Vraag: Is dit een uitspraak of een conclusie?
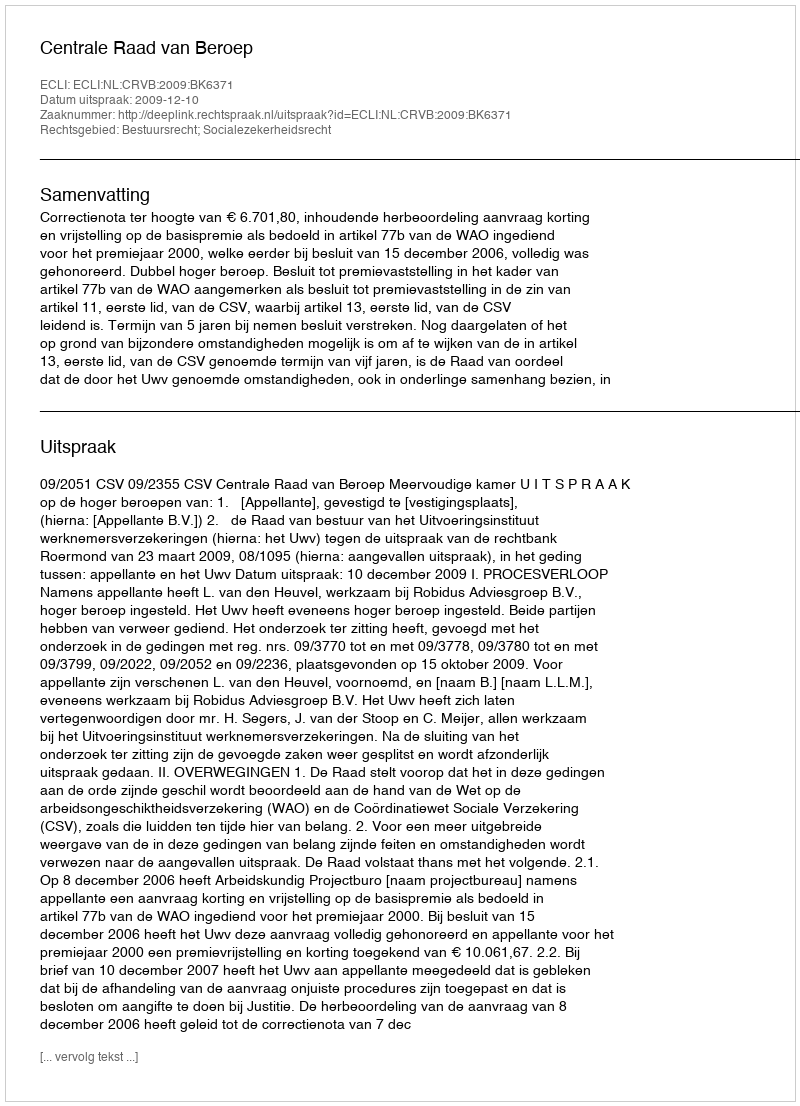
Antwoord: Uitspraak